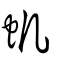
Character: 虮